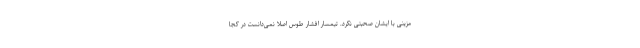
مزینی با ایشان صحبتی نکرد. تیمسار افشار طوس اصلاً نمی‌دانست در کجا